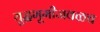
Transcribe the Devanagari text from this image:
युद्धभूमीजवळच